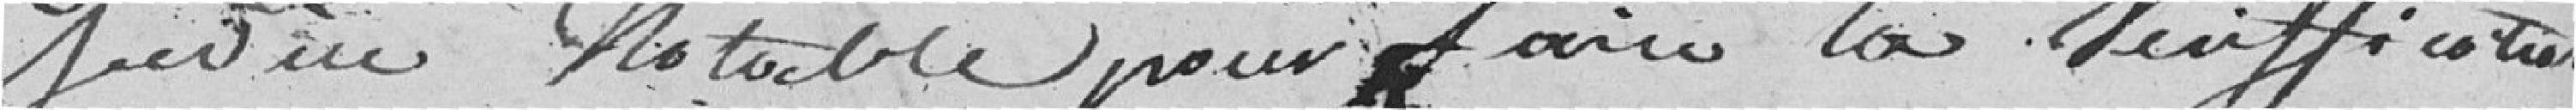
justice notable pour faire la vérification